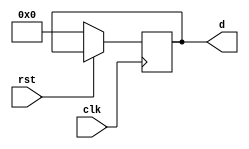
module shiftregist(d,clk,rst);
	parameter	shiftregist_width = 4;
	output	[shiftregist_width-1:0]d;
	input	clk,rst;
	reg [shiftregist_width-1:0]d;
		always @(posedge clk) 
			if (!rst) 
				d <= 4'b0000;
			else 
				d <= {d[shiftregist_width-2:0],d[shiftregist_width-1:0]};
				//d0
			/*	
				
				temp =< d[3];
				d <= d<<1;
				d[0] = temp;
				
			*/
endmodule